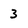
Character: 3